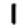
Digit: 1